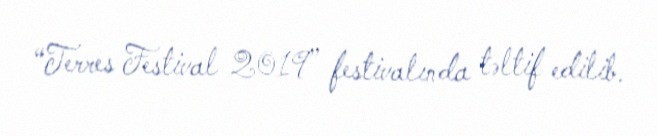
“Terres Festival 2019” festivalında təltif edilib.